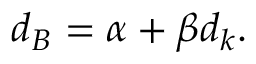
d _ { B } = \alpha + \beta d _ { k } .